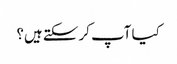
کیا آپ کر سکتے ہیں؟